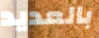
بالعديد